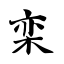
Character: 栾